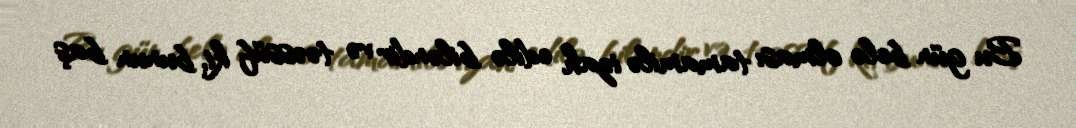
Bu gün belə olması tamamilə izah edilə biləndir və təəssüf ki, bunun baş